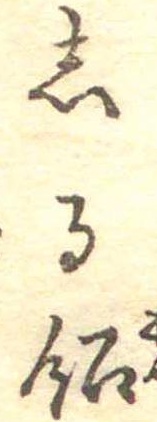
しる飴